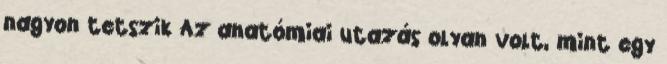
nagyon tetszik Az anatómiai utazás olyan volt, mint egy